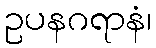
ဥပနဂရာနံ၊